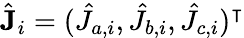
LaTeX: \hat{\mathbf{J}}_{i}=(\hat{J}_{a,i},\hat{J}_{b,i},\hat{J}_{c,i})^{\intercal}